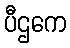
ပီဌကေ